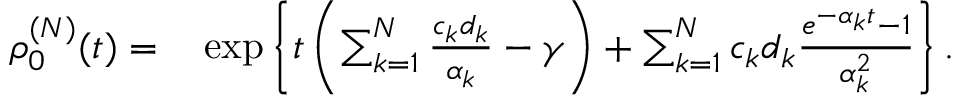
\begin{array} { r l } { \rho _ { 0 } ^ { ( N ) } ( t ) = } & { { } \exp \left\{ t \left( \sum _ { k = 1 } ^ { N } \frac { c _ { k } d _ { k } } { \alpha _ { k } } - \gamma \right) + \sum _ { k = 1 } ^ { N } c _ { k } d _ { k } \frac { e ^ { - \alpha _ { k } t } - 1 } { \alpha _ { k } ^ { 2 } } \right\} . } \end{array}